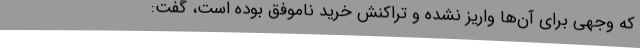
که وجهی برای آن‌ها واریز نشده و تراکنش خرید ناموفق بوده است، گفت:‌